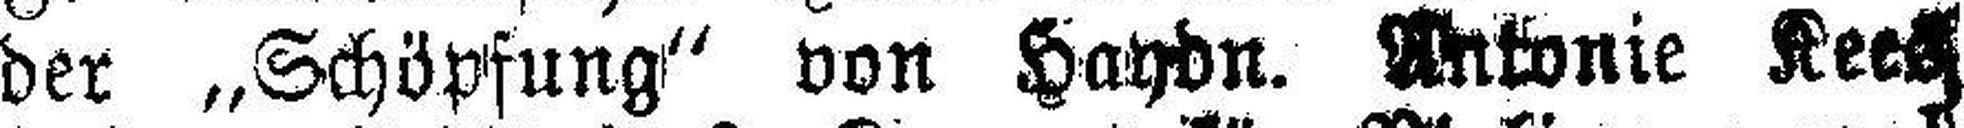
der „Schöpfung“ von Haydn. Antonie Kees,